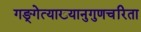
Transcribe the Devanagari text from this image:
गङ्गेत्याख्यानुगुणचरिता